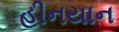
હીનયાન